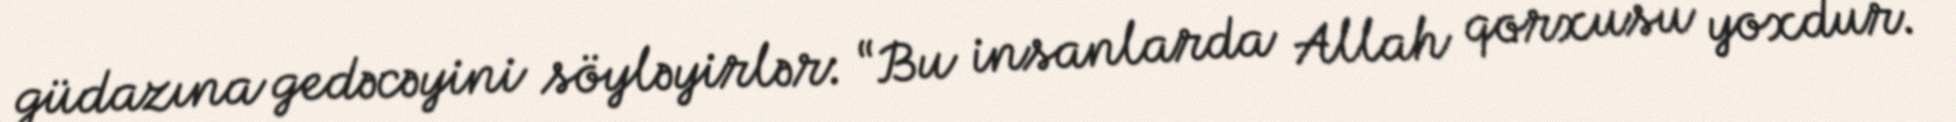
güdazına gedəcəyini söyləyirlər: “Bu insanlarda Allah qorxusu yoxdur.